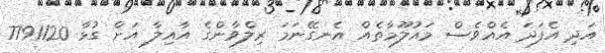
އަދި އެފަދަ އެއްވެސް މައުލޫމާތެއް އެނގޭނަމަ ރިލްވާންގެ އާއިލާ އަށް ގުޅާ 7791120